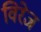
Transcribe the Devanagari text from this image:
विरेज